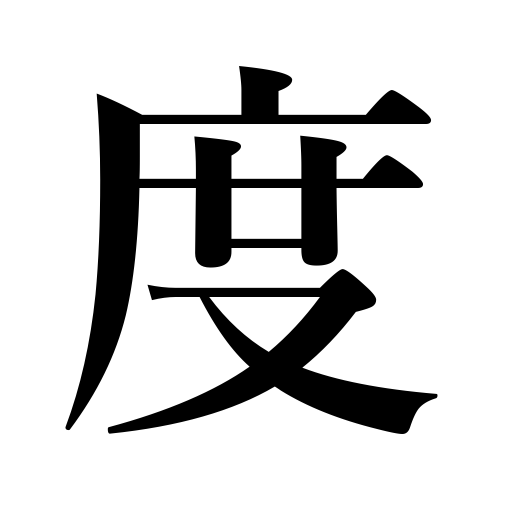
Meanings: redeem,scale,reclaim,limit,measure,degree,time,repetition,a time,occasion,composure,graduation,save,extent